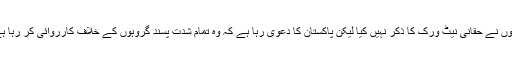
انھوں نے حقانی نیٹ ورک کا ذکر نہیں کیا لیکن پاکستان کا دعویٰ رہا ہے کہ وہ تمام شدت پسند گروہوں کے خلاف کارروائی کر رہا ہے۔